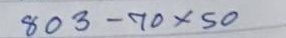
803 - 70 x 50